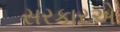
સરકારએ